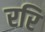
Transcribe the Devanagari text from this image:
ररि